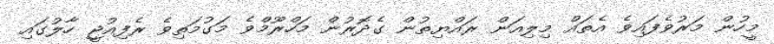
މީހުން މަރުވެފައިވެ އެތައް މިލިއަން ރައްޔިތުން ގެދޮރުން މަހްރޫމްވެ މަގުމަތިވެ ރެފިއުޖީ ހާލުގައި